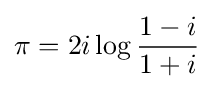
\pi =2i\log {1-i \over 1+i}